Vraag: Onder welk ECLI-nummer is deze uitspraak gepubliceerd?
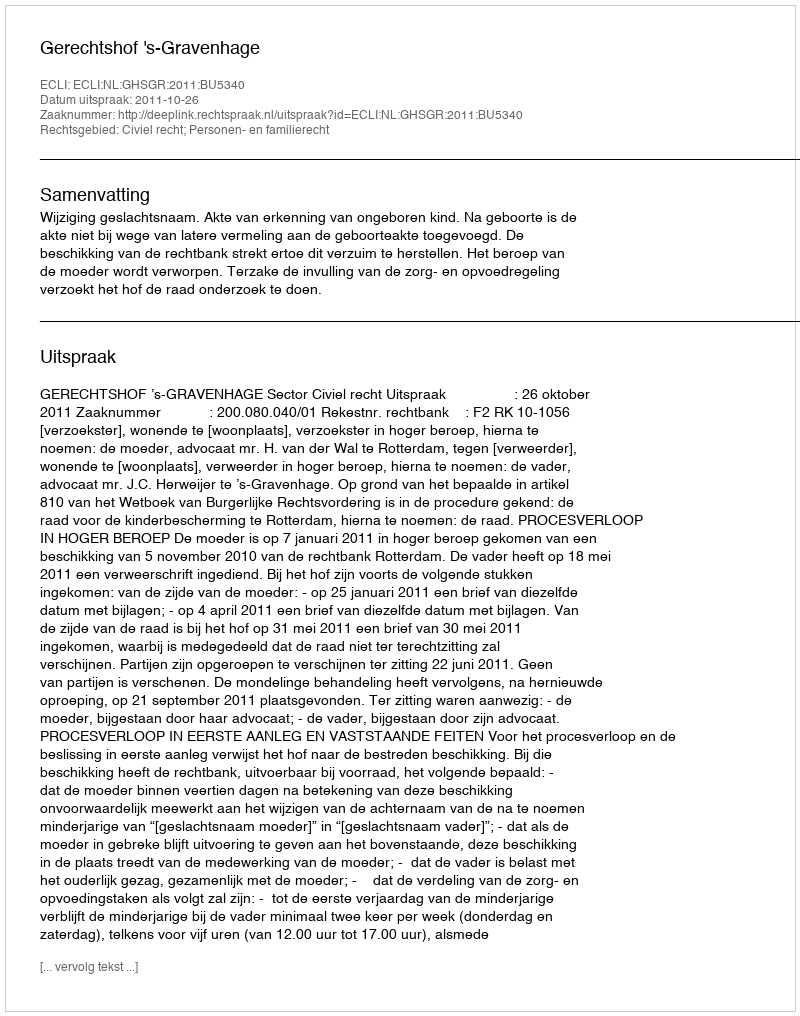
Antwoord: ECLI:NL:GHSGR:2011:BU5340